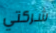
شركتي